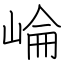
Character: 崘